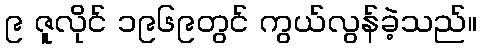
၉ ဇူလိုင် ၁၉၆၉တွင် ကွယ်လွန်ခဲ့သည်။